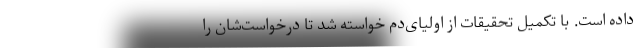
داده است. با تکمیل تحقیقات از اولیای‌دم خواسته شد تا درخواست‌شان را